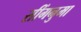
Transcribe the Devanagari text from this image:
सींगनुमा